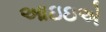
આઇઇએ